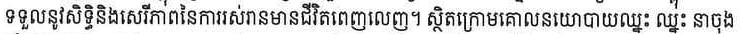
ទទួលនូវសិទ្ធិនិងសេរីភាពនៃការរស់រានមានជិវិតពេញលេញ។ ស្ថិតក្រោមគោលនយោបាយឈ្នះ ឈ្នះ នាចុង